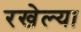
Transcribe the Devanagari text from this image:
रखेल्या